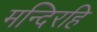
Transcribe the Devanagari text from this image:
मन्दिरहि